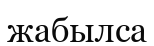
жабылса